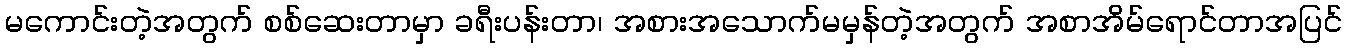
မကောင်းတဲ့အတွက် စစ်ဆေးတာမှာ ခရီးပန်းတာ၊ အစားအသောက်မမှန်တဲ့အတွက် အစာအိမ်ရောင်တာအပြင်